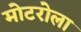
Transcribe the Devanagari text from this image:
मोटरोला